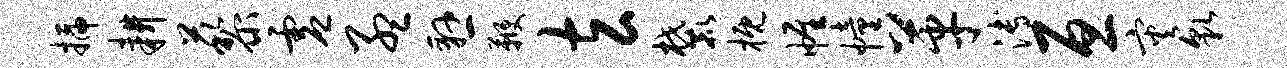
插耕藜虚孟悬鞭玄麓概帷幢革溥亘灾貌